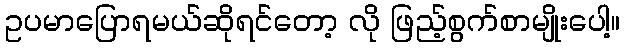
ဥပမာပြောရမယ်ဆိုရင်တော့ လို ဖြည့်စွက်စာမျိုးပေါ့။